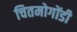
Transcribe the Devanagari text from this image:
चितमोगोंडी